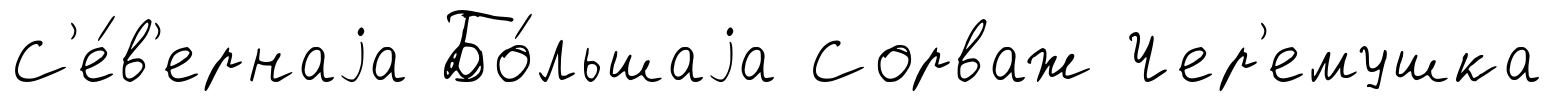
С'е́в'ернаjа Бо́льшаjа Сорваж Чер'емушка